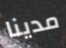
مدينا